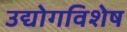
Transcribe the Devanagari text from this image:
उद्योगविशेष